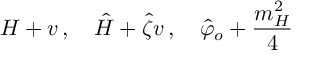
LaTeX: H + v \, , \quad \hat { H } + \hat { \zeta } v \, , \quad \hat { \varphi } _ { o } + { \frac { m _ { H } ^ { 2 } } { 4 } }